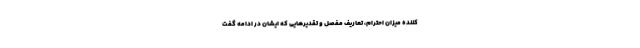
کننده میزان احترام، تعاریف مفصل و تقدیرهایی که ایشان در ادامه گفت